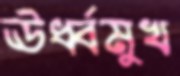
ঊর্ধ্বমুখ